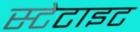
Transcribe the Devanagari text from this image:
स्टेटाइट